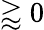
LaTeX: \gtrapprox 0